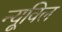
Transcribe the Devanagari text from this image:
न्यूविल